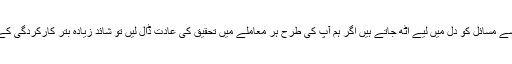
ہم میں سے بہت سے بہت سے مسائل کو دل میں لیے اٹھ جاتے ہیں اگر ہم آپ کی طرح ہر معاملے میں تحقیق کی عادت ڈال لیں تو شائد زیادہ بتر کارکردگی کے ساتھ دنیا کو خیر باد کہیں۔